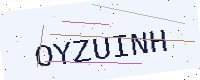
Text: OYZUINH